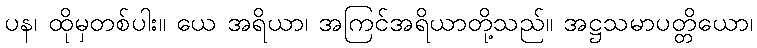
ပန၊ ထိုမှတစ်ပါး။ ယေ အရိယာ၊ အကြင်အရိယာတို့သည်။ အဋ္ဌသမာပတ္တိယော၊